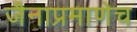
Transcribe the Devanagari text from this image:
जैनाप्रमाणेच